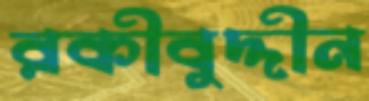
রকীবুদ্দীন